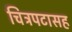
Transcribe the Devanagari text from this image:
चित्रपटासह